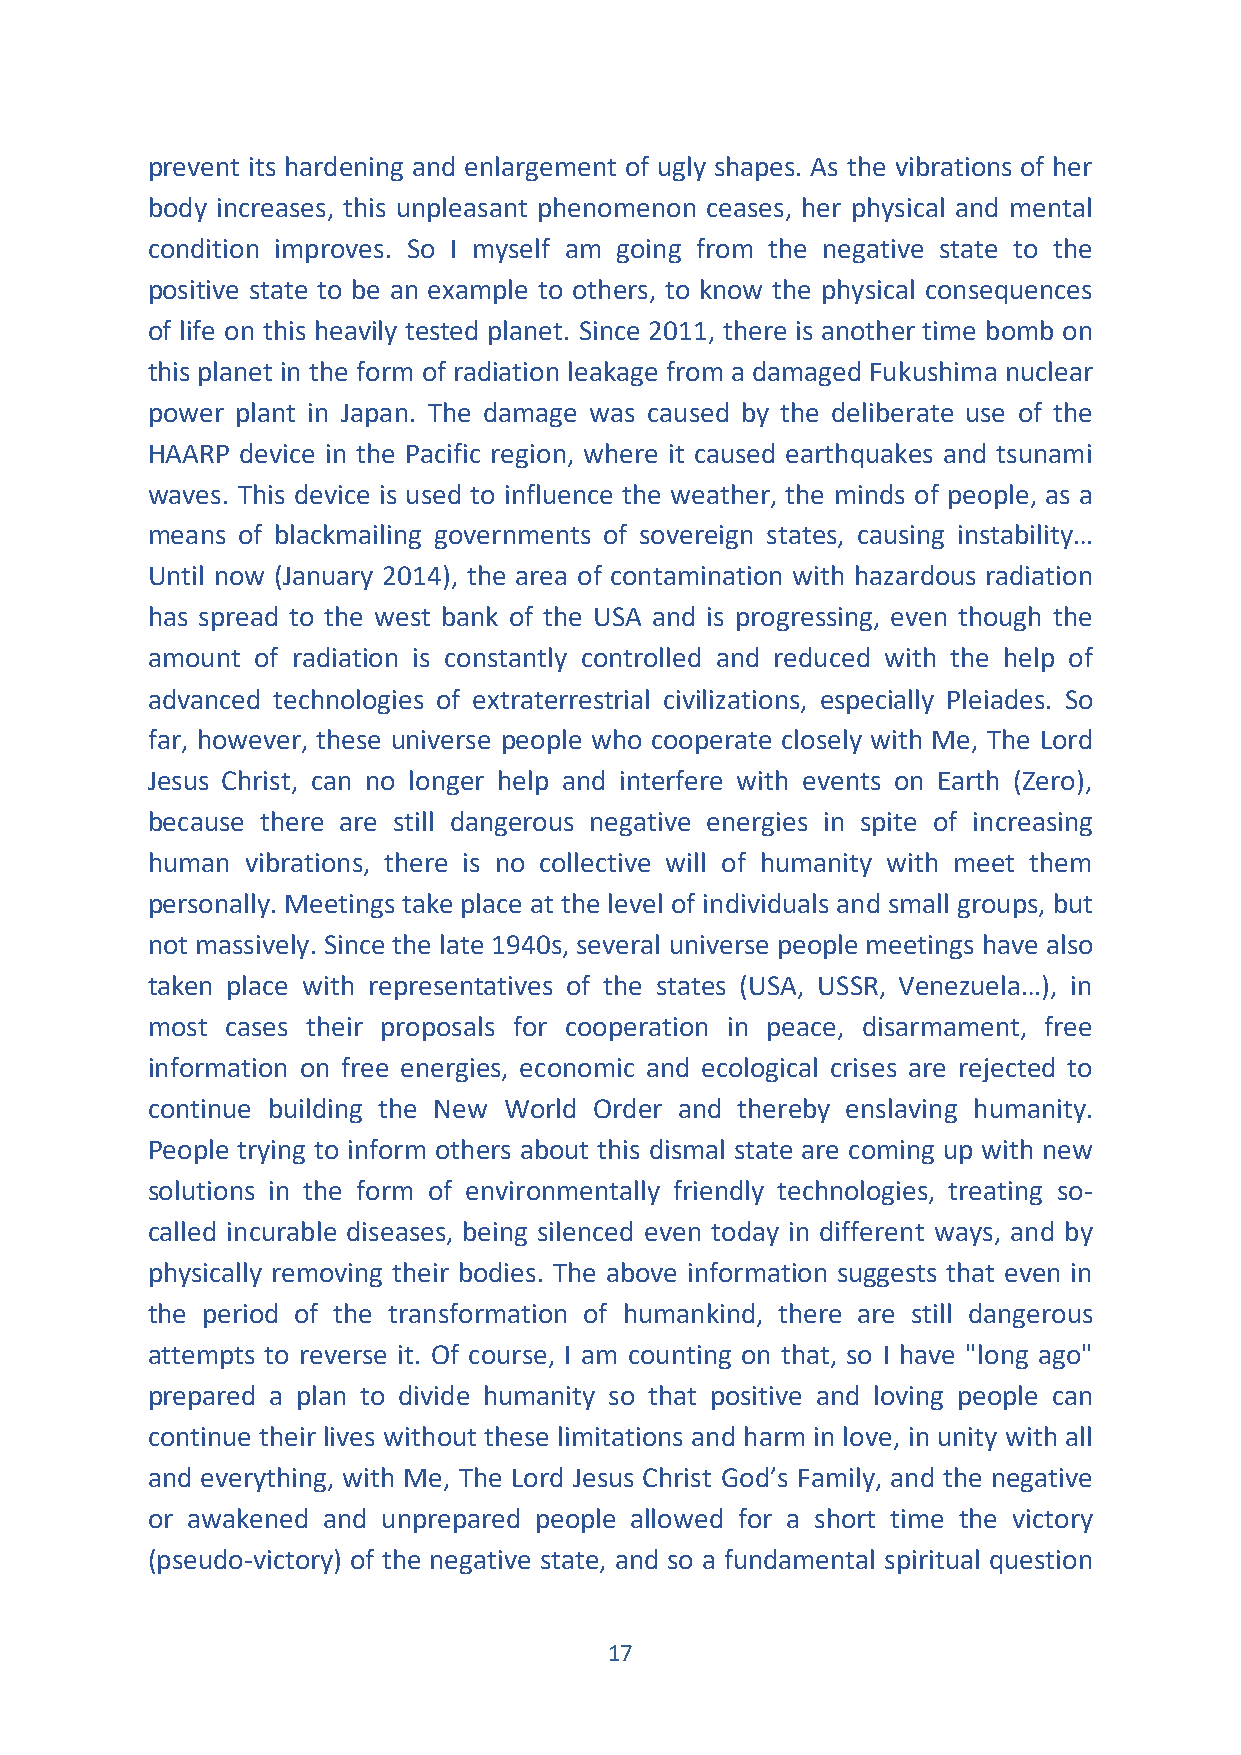
prevent its hardening and enlargement of ugly shapes. As the vibrations of her
 body increases, this unpleasant phenomenon ceases, her physical and mental
 condition improves. So I myself am going from the negative state to the
 positive state to be an example to others, to know the physical consequences
 of life on this heavily tested planet. Since 2011, there is another time bomb on
 this planet in the form of radiation leakage from a damaged Fukushima nuclear
 power plant in Japan. The damage was caused by the deliberate use of the
 HAARP device in the Pacific region, where it caused earthquakes and tsunami
 waves. This device is used to influence the weather, the minds of people, as a
 means of blackmailing governments of sovereign states, causing instability…
 Until now (January 2014), the area of contamination with hazardous radiation
 has spread to the west bank of the USA and is progressing, even though the
 amount of radiation is constantly controlled and reduced with the help of
 advanced technologies of extraterrestrial civilizations, especially Pleiades. So
 far, however, these universe people who cooperate closely with Me, The Lord
 Jesus Christ, can no longer help and interfere with events on Earth (Zero),
 because there are still dangerous negative energies in spite of increasing
 human vibrations, there is no collective will of humanity with meet them
 personally. Meetings take place at the level of individuals and small groups, but
 not massively. Since the late 1940s, several universe people meetings have also
 taken place with representatives of the states (USA, USSR, Venezuela…), in
 most cases their proposals for cooperation in peace, disarmament, free
 information on free energies, economic and ecological crises are rejected to
 continue building the New World Order and thereby enslaving humanity.
 People trying to inform others about this dismal state are coming up with new
 solutions in the form of environmentally friendly technologies, treating so-
 called incurable diseases, being silenced even today in different ways, and by
 physically removing their bodies. The above information suggests that even in
 the period of the transformation of humankind, there are still dangerous
 attempts to reverse it. Of course, I am counting on that, so I have "long ago"
 prepared a plan to divide humanity so that positive and loving people can
 continue their lives without these limitations and harm in love, in unity with all
 and everything, with Me, The Lord Jesus Christ God’s Family, and the negative
 or awakened and unprepared people allowed for a short time the victory
 (pseudo-victory) of the negative state, and so a fundamental spiritual question
 17